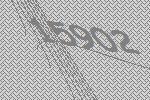
15902